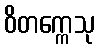
ဝိတက္ကေသု